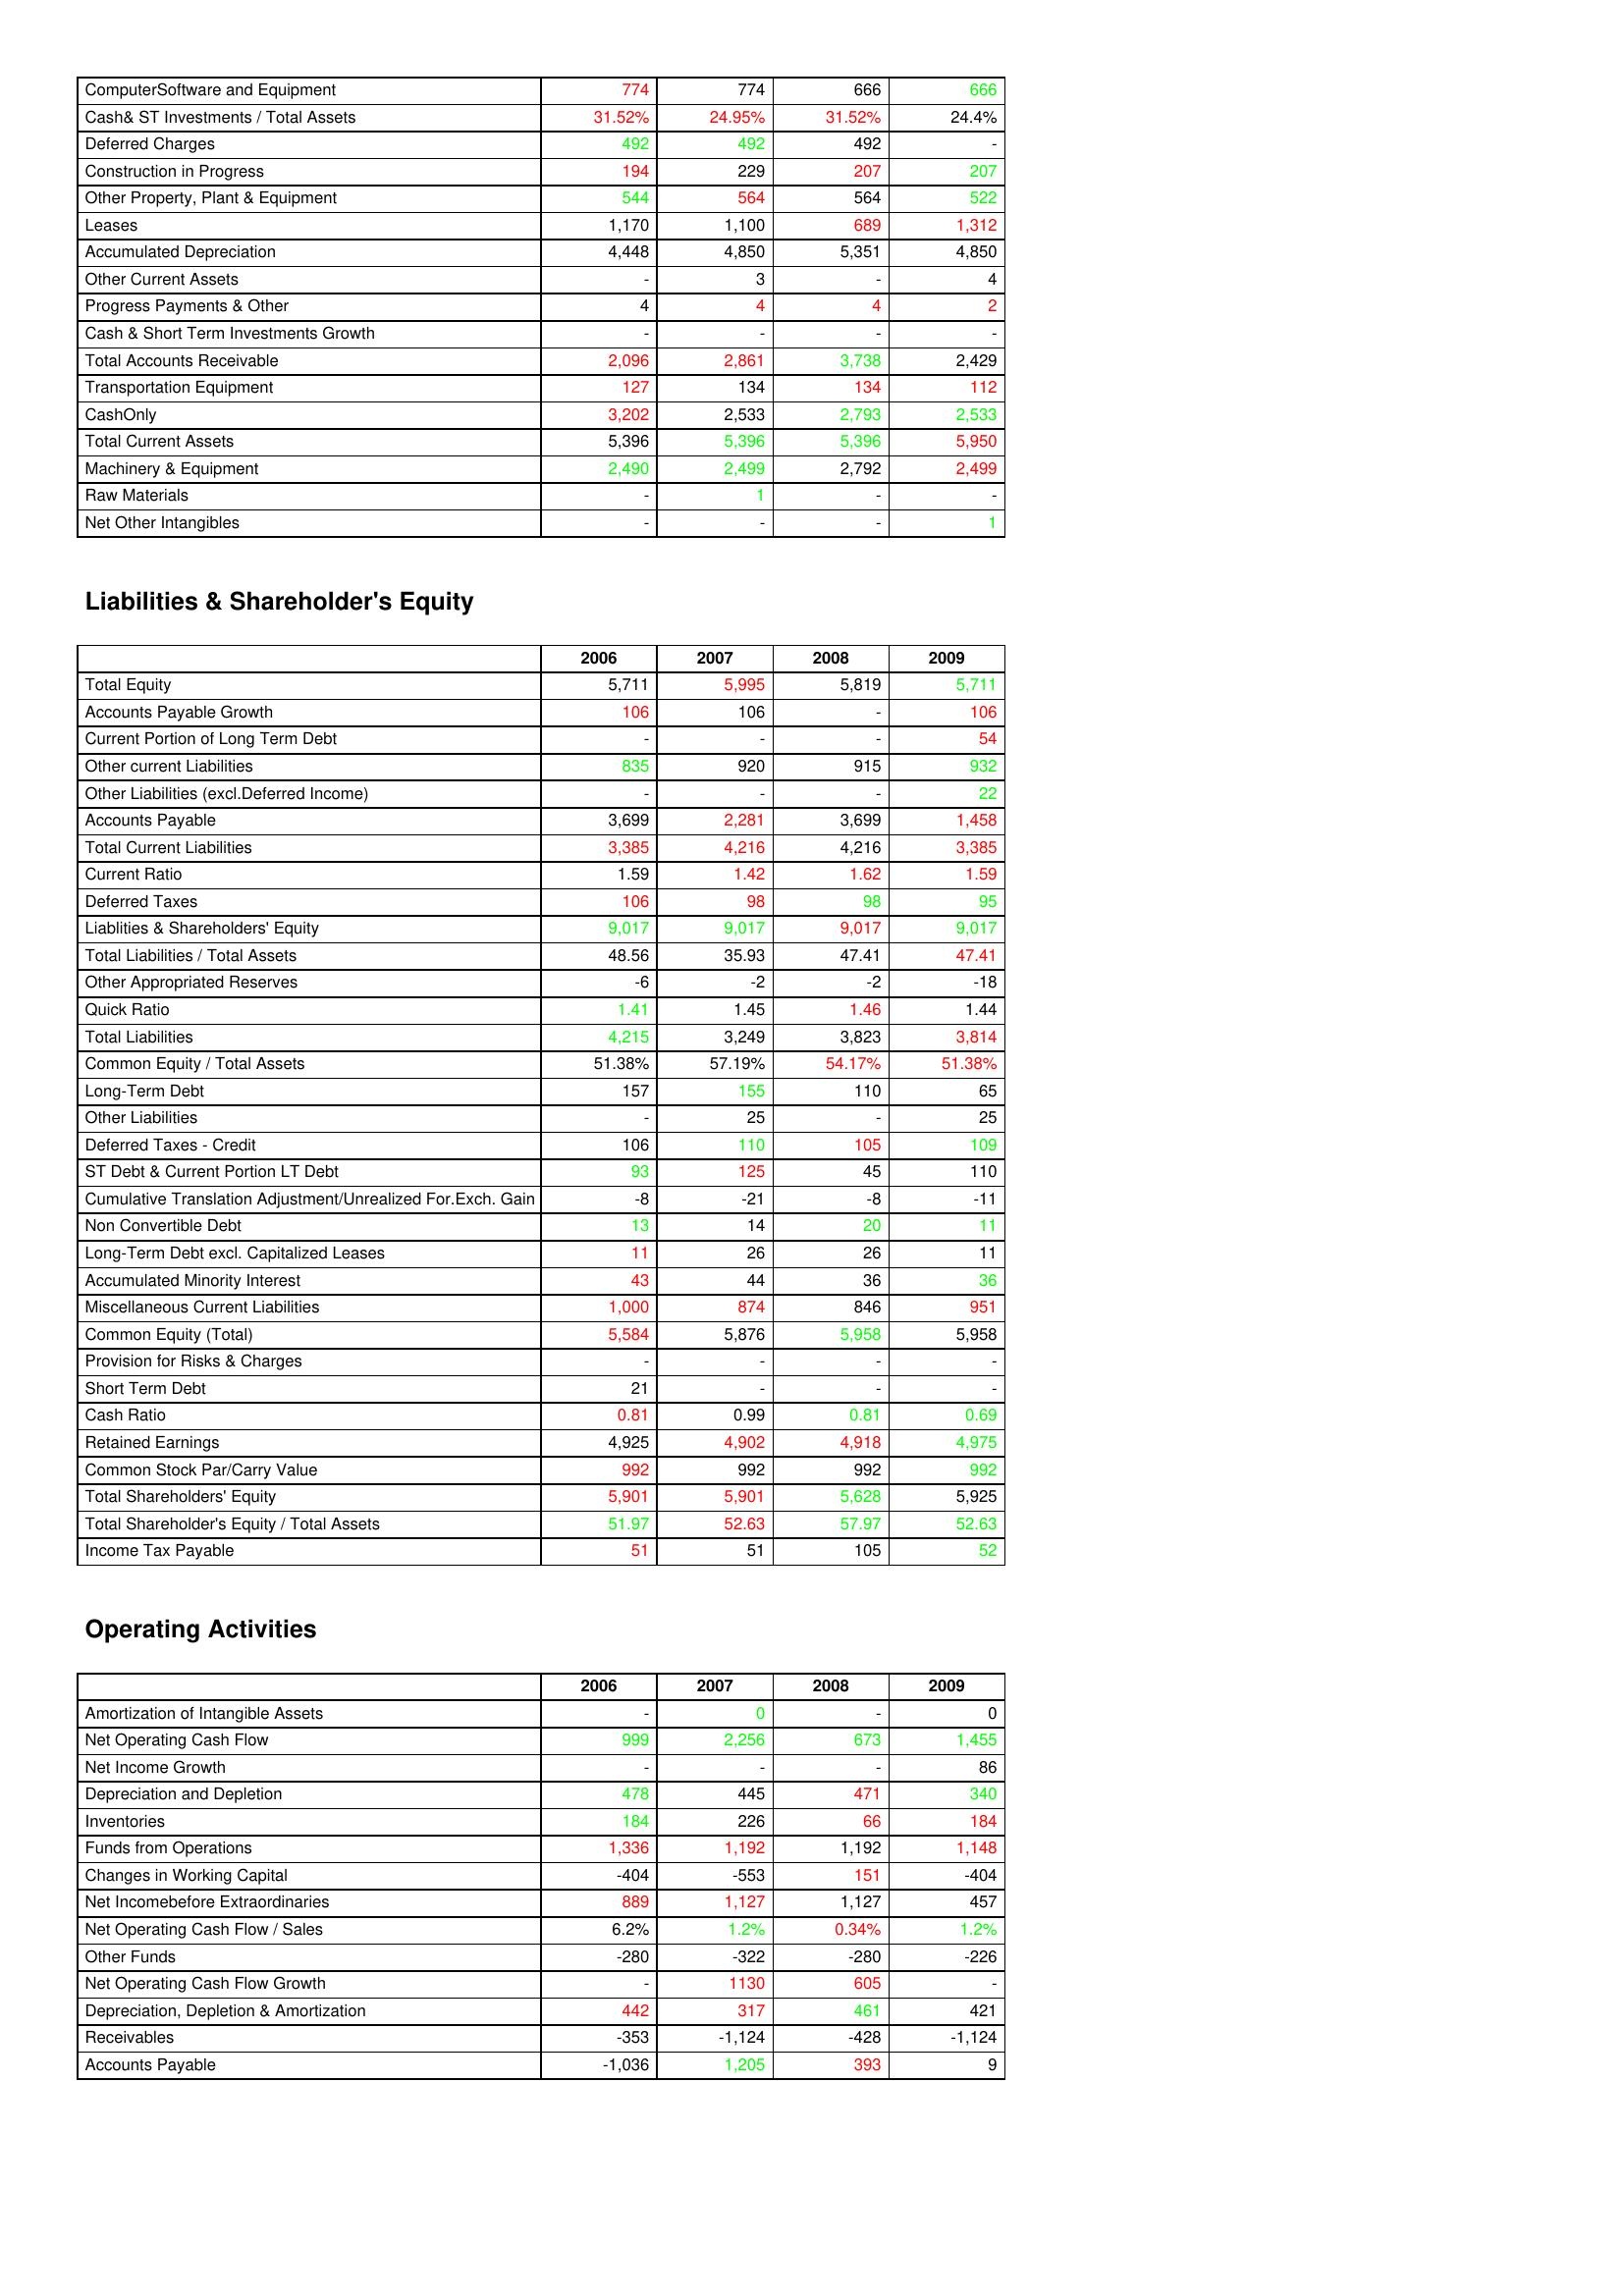
gt_parse: 2006: Assets: ComputerSoftware and Equipment: 774
Cash& ST Investments / Total Assets: 31.52%
Deferred Charges: 492
Construction in Progress: 194
Other Property, Plant & Equipment: 544
Leases: 1,170
Accumulated Depreciation: 4,448
Other Current Assets: -
Progress Payments & Other: 4
Cash & Short Term Investments Growth: -
Total Accounts Receivable: 2,096
Transportation Equipment: 127
CashOnly: 3,202
Total Current Assets: 5,396
Machinery & Equipment: 2,490
Raw Materials: -
Net Other Intangibles: -
Liabilities & Shareholder's Equity: Total Equity: 5,711
Accounts Payable Growth: 106
Current Portion of Long Term Debt: -
Other current Liabilities: 835
Other Liabilities (excl.Deferred Income): -
Accounts Payable: 3,699
Total Current Liabilities: 3,385
Current Ratio: 1.59
Deferred Taxes: 106
Liablities & Shareholders' Equity: 9,017
Total Liabilities / Total Assets: 48.56
Other Appropriated Reserves: -6
Quick Ratio: 1.41
Total Liabilities: 4,215
Common Equity / Total Assets: 51.38%
Long-Term Debt: 157
Other Liabilities: -
Deferred Taxes - Credit: 106
ST Debt & Current Portion LT Debt: 93
Cumulative Translation Adjustment/Unrealized For.Exch. Gain: -8
Non Convertible Debt: 13
Long-Term Debt excl. Capitalized Leases: 11
Accumulated Minority Interest: 43
Miscellaneous Current Liabilities: 1,000
Common Equity (Total): 5,584
Provision for Risks & Charges: -
Short Term Debt: 21
Cash Ratio: 0.81
Retained Earnings: 4,925
Common Stock Par/Carry Value: 992
Total Shareholders' Equity: 5,901
Total Shareholder's Equity / Total Assets: 51.97
Income Tax Payable: 51
Operating Activities: Amortization of Intangible Assets: -
Net Operating Cash Flow: 999
Net Income Growth: -
Depreciation and Depletion: 478
Inventories: 184
Funds from Operations: 1,336
Changes in Working Capital: -404
Net Incomebefore Extraordinaries: 889
Net Operating Cash Flow / Sales: 6.2%
Other Funds: -280
Net Operating Cash Flow Growth: -
Depreciation, Depletion & Amortization: 442
Receivables: -353
Accounts Payable: -1,036
2007: Assets: ComputerSoftware and Equipment: 774
Cash& ST Investments / Total Assets: 24.95%
Deferred Charges: 492
Construction in Progress: 229
Other Property, Plant & Equipment: 564
Leases: 1,100
Accumulated Depreciation: 4,850
Other Current Assets: 3
Progress Payments & Other: 4
Cash & Short Term Investments Growth: -
Total Accounts Receivable: 2,861
Transportation Equipment: 134
CashOnly: 2,533
Total Current Assets: 5,396
Machinery & Equipment: 2,499
Raw Materials: 1
Net Other Intangibles: -
Liabilities & Shareholder's Equity: Total Equity: 5,995
Accounts Payable Growth: 106
Current Portion of Long Term Debt: -
Other current Liabilities: 920
Other Liabilities (excl.Deferred Income): -
Accounts Payable: 2,281
Total Current Liabilities: 4,216
Current Ratio: 1.42
Deferred Taxes: 98
Liablities & Shareholders' Equity: 9,017
Total Liabilities / Total Assets: 35.93
Other Appropriated Reserves: -2
Quick Ratio: 1.45
Total Liabilities: 3,249
Common Equity / Total Assets: 57.19%
Long-Term Debt: 155
Other Liabilities: 25
Deferred Taxes - Credit: 110
ST Debt & Current Portion LT Debt: 125
Cumulative Translation Adjustment/Unrealized For.Exch. Gain: -21
Non Convertible Debt: 14
Long-Term Debt excl. Capitalized Leases: 26
Accumulated Minority Interest: 44
Miscellaneous Current Liabilities: 874
Common Equity (Total): 5,876
Provision for Risks & Charges: -
Short Term Debt: -
Cash Ratio: 0.99
Retained Earnings: 4,902
Common Stock Par/Carry Value: 992
Total Shareholders' Equity: 5,901
Total Shareholder's Equity / Total Assets: 52.63
Income Tax Payable: 51
Operating Activities: Amortization of Intangible Assets: 0
Net Operating Cash Flow: 2,256
Net Income Growth: -
Depreciation and Depletion: 445
Inventories: 226
Funds from Operations: 1,192
Changes in Working Capital: -553
Net Incomebefore Extraordinaries: 1,127
Net Operating Cash Flow / Sales: 1.2%
Other Funds: -322
Net Operating Cash Flow Growth: 1130
Depreciation, Depletion & Amortization: 317
Receivables: -1,124
Accounts Payable: 1,205
2008: Assets: ComputerSoftware and Equipment: 666
Cash& ST Investments / Total Assets: 31.52%
Deferred Charges: 492
Construction in Progress: 207
Other Property, Plant & Equipment: 564
Leases: 689
Accumulated Depreciation: 5,351
Other Current Assets: -
Progress Payments & Other: 4
Cash & Short Term Investments Growth: -
Total Accounts Receivable: 3,738
Transportation Equipment: 134
CashOnly: 2,793
Total Current Assets: 5,396
Machinery & Equipment: 2,792
Raw Materials: -
Net Other Intangibles: -
Liabilities & Shareholder's Equity: Total Equity: 5,819
Accounts Payable Growth: -
Current Portion of Long Term Debt: -
Other current Liabilities: 915
Other Liabilities (excl.Deferred Income): -
Accounts Payable: 3,699
Total Current Liabilities: 4,216
Current Ratio: 1.62
Deferred Taxes: 98
Liablities & Shareholders' Equity: 9,017
Total Liabilities / Total Assets: 47.41
Other Appropriated Reserves: -2
Quick Ratio: 1.46
Total Liabilities: 3,823
Common Equity / Total Assets: 54.17%
Long-Term Debt: 110
Other Liabilities: -
Deferred Taxes - Credit: 105
ST Debt & Current Portion LT Debt: 45
Cumulative Translation Adjustment/Unrealized For.Exch. Gain: -8
Non Convertible Debt: 20
Long-Term Debt excl. Capitalized Leases: 26
Accumulated Minority Interest: 36
Miscellaneous Current Liabilities: 846
Common Equity (Total): 5,958
Provision for Risks & Charges: -
Short Term Debt: -
Cash Ratio: 0.81
Retained Earnings: 4,918
Common Stock Par/Carry Value: 992
Total Shareholders' Equity: 5,628
Total Shareholder's Equity / Total Assets: 57.97
Income Tax Payable: 105
Operating Activities: Amortization of Intangible Assets: -
Net Operating Cash Flow: 673
Net Income Growth: -
Depreciation and Depletion: 471
Inventories: 66
Funds from Operations: 1,192
Changes in Working Capital: 151
Net Incomebefore Extraordinaries: 1,127
Net Operating Cash Flow / Sales: 0.34%
Other Funds: -280
Net Operating Cash Flow Growth: 605
Depreciation, Depletion & Amortization: 461
Receivables: -428
Accounts Payable: 393
2009: Assets: ComputerSoftware and Equipment: 666
Cash& ST Investments / Total Assets: 24.4%
Deferred Charges: -
Construction in Progress: 207
Other Property, Plant & Equipment: 522
Leases: 1,312
Accumulated Depreciation: 4,850
Other Current Assets: 4
Progress Payments & Other: 2
Cash & Short Term Investments Growth: -
Total Accounts Receivable: 2,429
Transportation Equipment: 112
CashOnly: 2,533
Total Current Assets: 5,950
Machinery & Equipment: 2,499
Raw Materials: -
Net Other Intangibles: 1
Liabilities & Shareholder's Equity: Total Equity: 5,711
Accounts Payable Growth: 106
Current Portion of Long Term Debt: 54
Other current Liabilities: 932
Other Liabilities (excl.Deferred Income): 22
Accounts Payable: 1,458
Total Current Liabilities: 3,385
Current Ratio: 1.59
Deferred Taxes: 95
Liablities & Shareholders' Equity: 9,017
Total Liabilities / Total Assets: 47.41
Other Appropriated Reserves: -18
Quick Ratio: 1.44
Total Liabilities: 3,814
Common Equity / Total Assets: 51.38%
Long-Term Debt: 65
Other Liabilities: 25
Deferred Taxes - Credit: 109
ST Debt & Current Portion LT Debt: 110
Cumulative Translation Adjustment/Unrealized For.Exch. Gain: -11
Non Convertible Debt: 11
Long-Term Debt excl. Capitalized Leases: 11
Accumulated Minority Interest: 36
Miscellaneous Current Liabilities: 951
Common Equity (Total): 5,958
Provision for Risks & Charges: -
Short Term Debt: -
Cash Ratio: 0.69
Retained Earnings: 4,975
Common Stock Par/Carry Value: 992
Total Shareholders' Equity: 5,925
Total Shareholder's Equity / Total Assets: 52.63
Income Tax Payable: 52
Operating Activities: Amortization of Intangible Assets: 0
Net Operating Cash Flow: 1,455
Net Income Growth: 86
Depreciation and Depletion: 340
Inventories: 184
Funds from Operations: 1,148
Changes in Working Capital: -404
Net Incomebefore Extraordinaries: 457
Net Operating Cash Flow / Sales: 1.2%
Other Funds: -226
Net Operating Cash Flow Growth: -
Depreciation, Depletion & Amortization: 421
Receivables: -1,124
Accounts Payable: 9